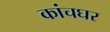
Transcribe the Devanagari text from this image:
कांचघर